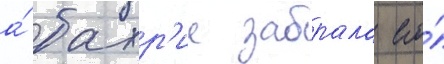
а́ бахр'ие забрала его́